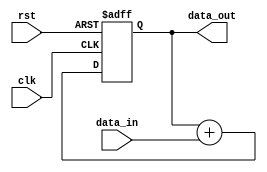
module iir_filter_accumulator(
    input wire clk,
    input wire rst,
    input wire [7:0] data_in,
    output reg [15:0] data_out
);

reg [15:0] acc;

always@(posedge clk or posedge rst) begin
    if(rst) begin
        acc <= 16'b0;
    end else begin
        acc <= acc + data_in;
    end
end

assign data_out = acc;

endmodule